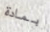
بمادة